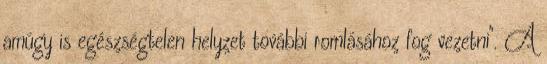
amúgy is egészségtelen helyzet további romlásához fog vezetni". A